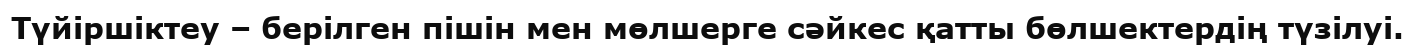
Түйіршіктеу – берілген пішін мен мөлшерге сәйкес қатты бөлшектердің түзілуі.